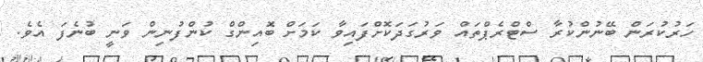
ހަރުކުރަން ބޭނުންކުރާ ސްޓްރެޕްތައް ވަރުގަދަކޮށްފައިވާ ކަމަށް ބޮއިންގް ކުންފުނިން ވަނީ ބުނެފަ އެވެ.